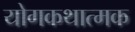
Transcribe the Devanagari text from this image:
योगकथात्मक